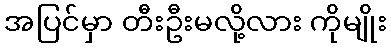
အပြင်မှာ တီးဦးမလို့လား ကိုမျိုး